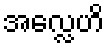
အလ္လေဟိ